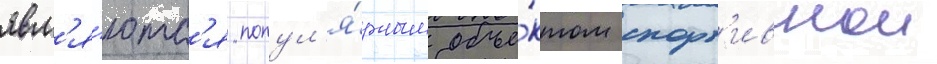
явл'я́ютс'я попул'я́рным объе́ктом спорт'ивнои